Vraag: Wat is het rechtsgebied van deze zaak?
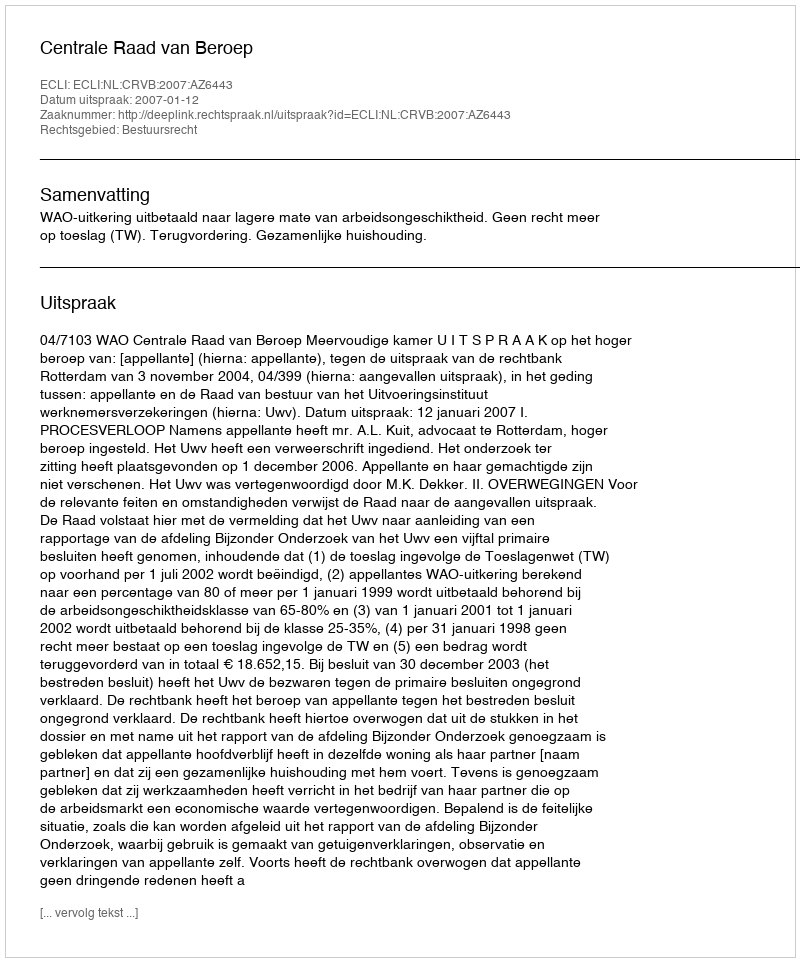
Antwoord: Bestuursrecht